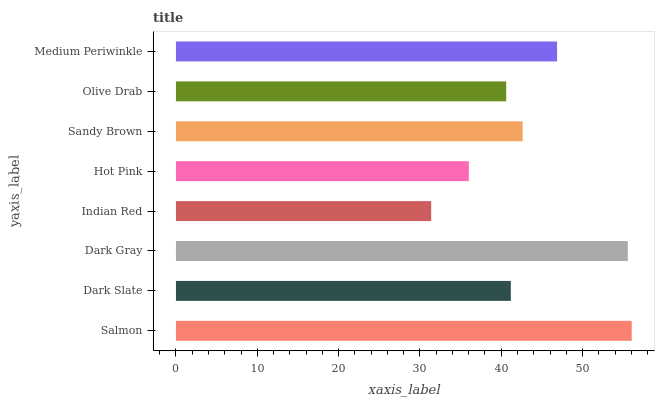
| yaxis_label | bars |
 | --- | --- |
 | Salmon | 56 |
 | Dark Slate | 41.2 |
 | Dark Gray | 55.6 |
 | Indian Red | 31.4 |
 | Hot Pink | 36 |
 | Sandy Brown | 42.6 |
 | Olive Drab | 40.6 |
 | Medium Periwinkle | 46.9 |